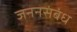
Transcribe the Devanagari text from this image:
जननसंबंध